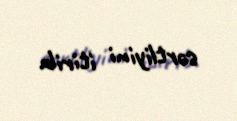
sərtliyini itirib.